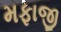
મફાજી